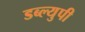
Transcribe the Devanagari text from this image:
डब्ल्युपी